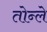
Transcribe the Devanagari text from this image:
तोन्ले